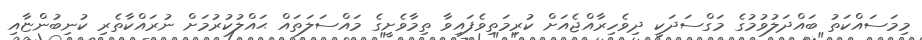
މިމަސައްކަތު ބައްދަލުވުމުގެ މަގްސަދަކީ ދިވެހިރާއްޖެއަށް ކުރިމަތިވެފައިވާ ތިމާވެށީގެ މައްސަލަތައް ޙައްލުކުރުމަށް ނުރައްކާތެރި ކުނިބުންޏާއި